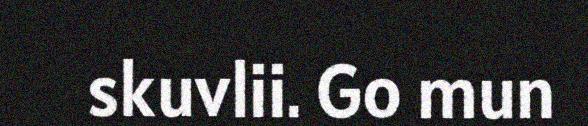
skuvlii. Go mun